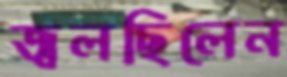
জ্বলছিলেন